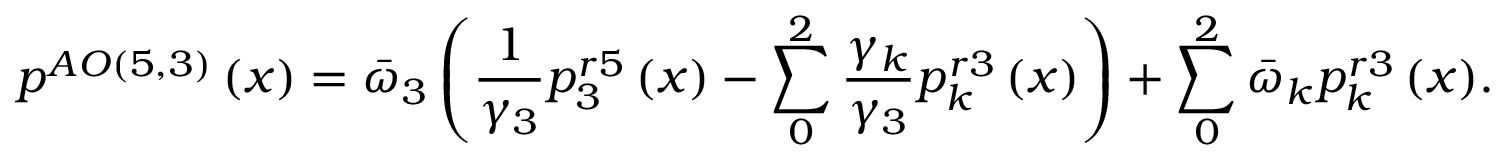
{ { p } ^ { A O \left( 5 , 3 \right) } } \left( x \right) = { { \bar { \omega } } _ { 3 } } \left( \frac { 1 } { { { \gamma } _ { 3 } } } p _ { 3 } ^ { r 5 } \left( x \right) - \sum _ { 0 } ^ { 2 } { \frac { { { \gamma } _ { k } } } { { { \gamma } _ { 3 } } } p _ { k } ^ { r 3 } \left( x \right) } \right) + \sum _ { 0 } ^ { 2 } { { { { \bar { \omega } } } _ { k } } p _ { k } ^ { r 3 } \left( x \right) } .